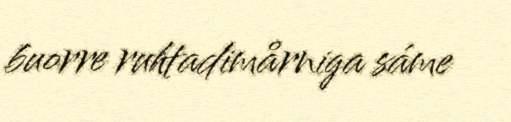
buorre ruhtadimårniga sáme